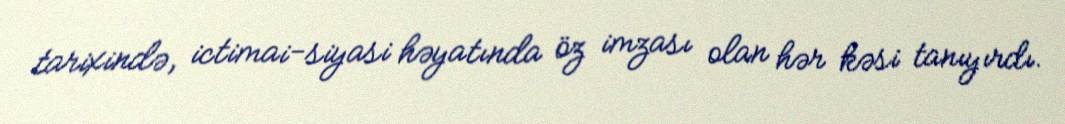
tarixində, ictimai-siyasi həyatında öz imzası olan hər kəsi tanıyırdı.